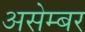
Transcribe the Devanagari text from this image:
असेम्बर